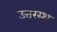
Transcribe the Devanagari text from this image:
उत्तरस्थ